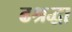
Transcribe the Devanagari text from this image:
ढश्रद्धा